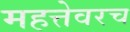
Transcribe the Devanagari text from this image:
महत्तेवरच